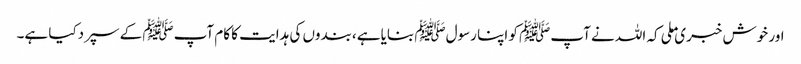
اور خوش خبری ملی کہ اللہ نے آپﷺ کو اپنا رسولﷺ بنایاہے ،بندوں کی ہدایت کا کام آپﷺ کے سپردکیا ہے۔